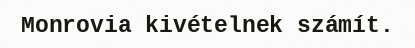
Monrovia kivételnek számít.